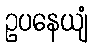
ဥပနေယျံ